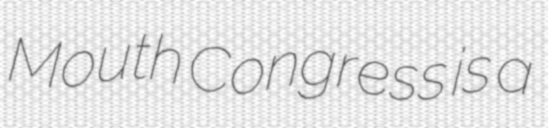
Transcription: Mouth Congress is a